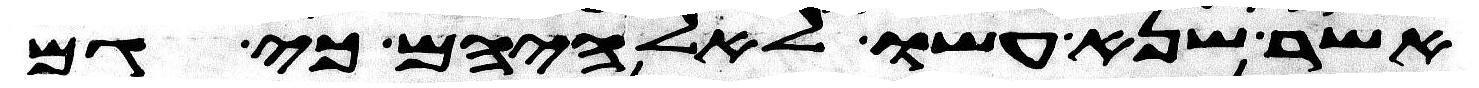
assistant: אשר שנא עשו לאלהיהם כי גם